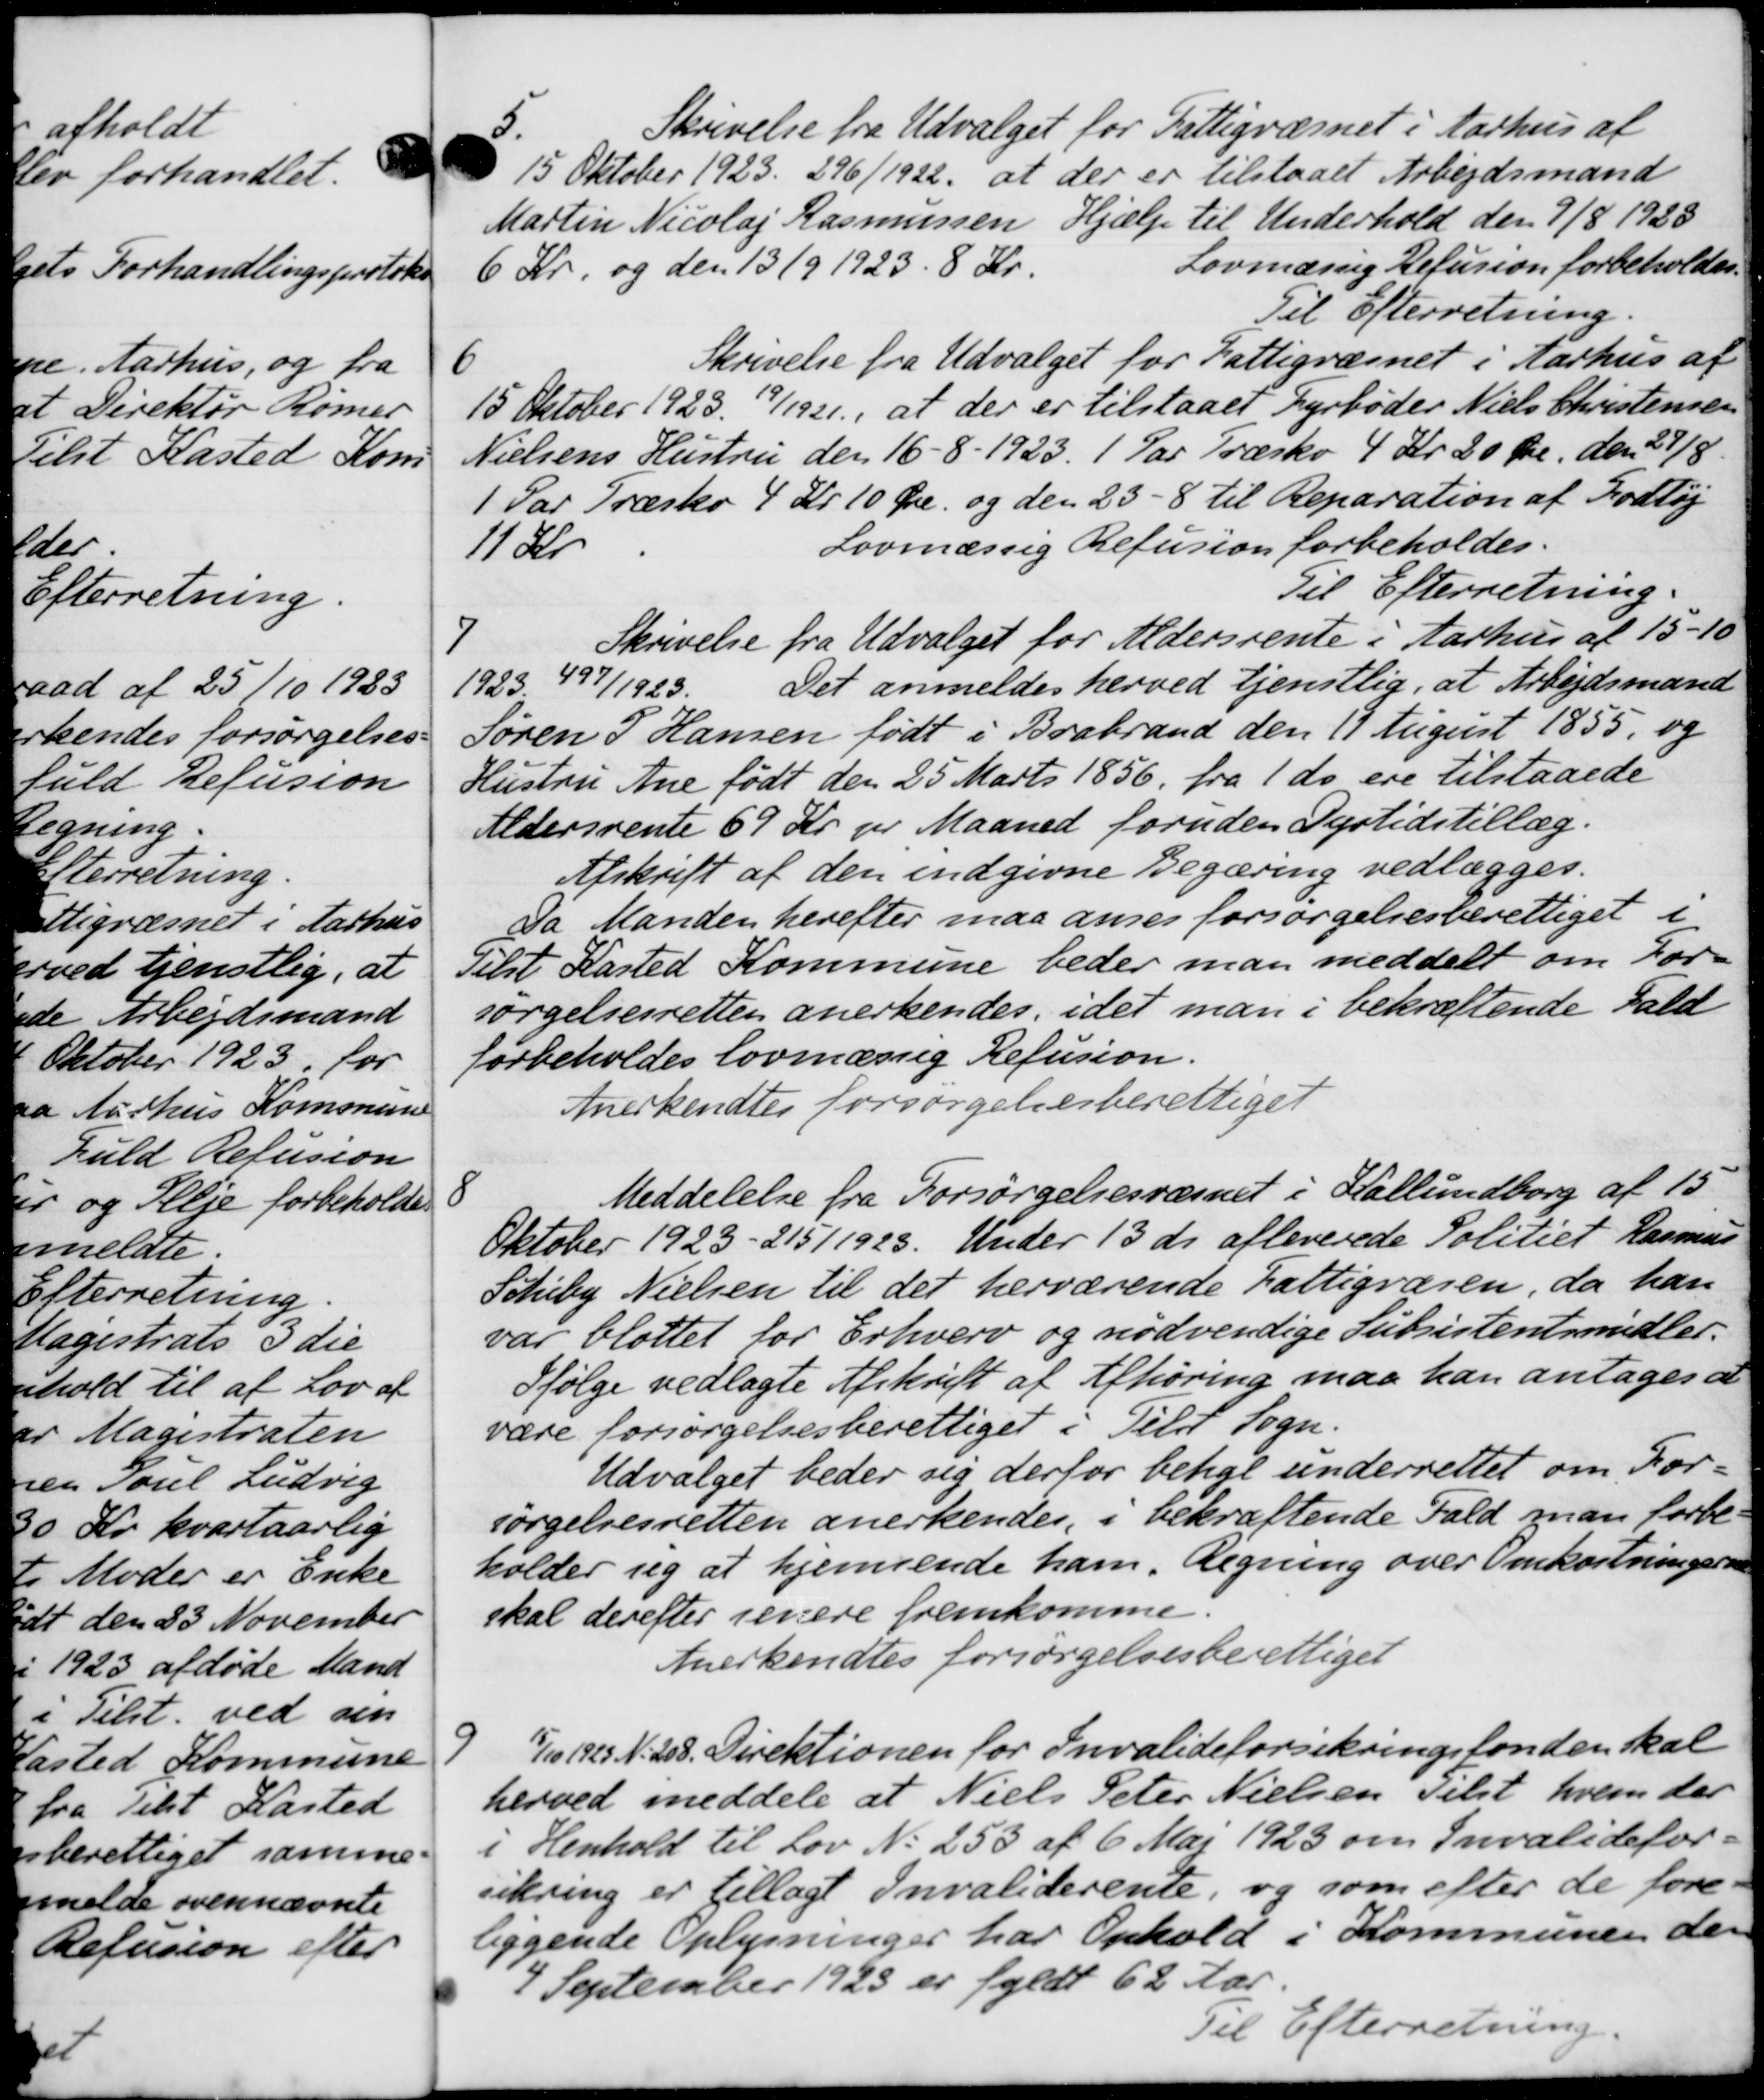
Transskription:
5.
Skrivelse fra Udvalget for Fattigvæsnet i Aarhus af
15 Oktober 1923. 296/1922, at der er tilstaaet Arbejdsmand
Martin Nicolaj Rasmussen Hjælp til Underhold den 7/8 1928
6 Kr. og den 13/9 1923. 8 Kr.
Lovmæssig Refusion forbeholdes.
Til Efterretning.
6
Skrivelse fra Udvalget for Fattigvæsnet i Aarhus af
15 Oktober 1923. 19/1921, at der er tilstaaet Fyrbøder Niels Christensen
Nielsens Hustru den 16 - 8 - 1923. 1 Par Træsko 4 Kr. 20 Øre den 27/8.
1 Par Træsko 4 Kr. 10 Øre og den 23 - 8 til Reparation af Fodtøj
11 Kr
Lovmæssig Refusion forbeholdes.
Til Efterretning.
7
Skrivelse fra Udvalget for Aldersrente i Aarhus af 15 - 10
1923 497/1923.
Det anmeldes herved tjenstlig, at Arbejdsmand
Søren P Hansen født i Brabrand den 17 August 1855, og
Hustru Ane født den 25 Marts 1856. fra 1 ds ere tilstaaede
Aldersrente 69 Kr pr Maaned foruden Dyrtidstillæg.
Afskrift af den indgivne Begæring vedlægges.
Da Manden herefter maa anses forsørgelsesberettiget i
Tilst Kasted Kommune beder man meddelt om For-
sørgelsesretten anerkendes, idet man i bekræftende Fald
forbeholdes lovmæssig Refusion.
Anerkendtes forsørgelsesberettiget
8
Meddelelse fra Forsørgelsesvæsnet i Kallundborg af 15
Oktober 1923 - 215/1 1923. Under 13 ds afleverede Politiet Rasmus
Schiby Nielsen til det herværende Fattigvæsen, da han
var blottet for Erhverv og nødvendige Subsistentsmidler.
Ifølge vedlagte Afskrift af Afhøring maa han antages at
være forsørgelsesberettiget i Tilst Sogn.
Udvalget beder sig derfor betige underrettet om For-
sørgelsesretten anerkendes, i bekræftende Fald man forbe-
holder sig at hjemsende ham. Regning over Omkostningerne
skal derefter senere fremkomme.
Anerkendtes forsørgelsesberettiget
9
1/10 1923 N. 208. Direktionen for Invalideforsikringsfonden kal
herved meddele at Niels Peter Nielsen Tilst hvem der
i Henhold til Lov No 253 af 6 Maj 1923 om Invalidefor-
sikring er tillagt Invaliderente, og som efter de fore-
liggende Oplysninger har Ophold i Kommunen den
4 September 1923 er fyldt 62 Aar.
Til Efterretning.